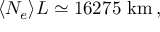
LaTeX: \langle N _ { e } \rangle L \simeq 1 6 2 7 5 \mathrm { ~ k m } \, ,